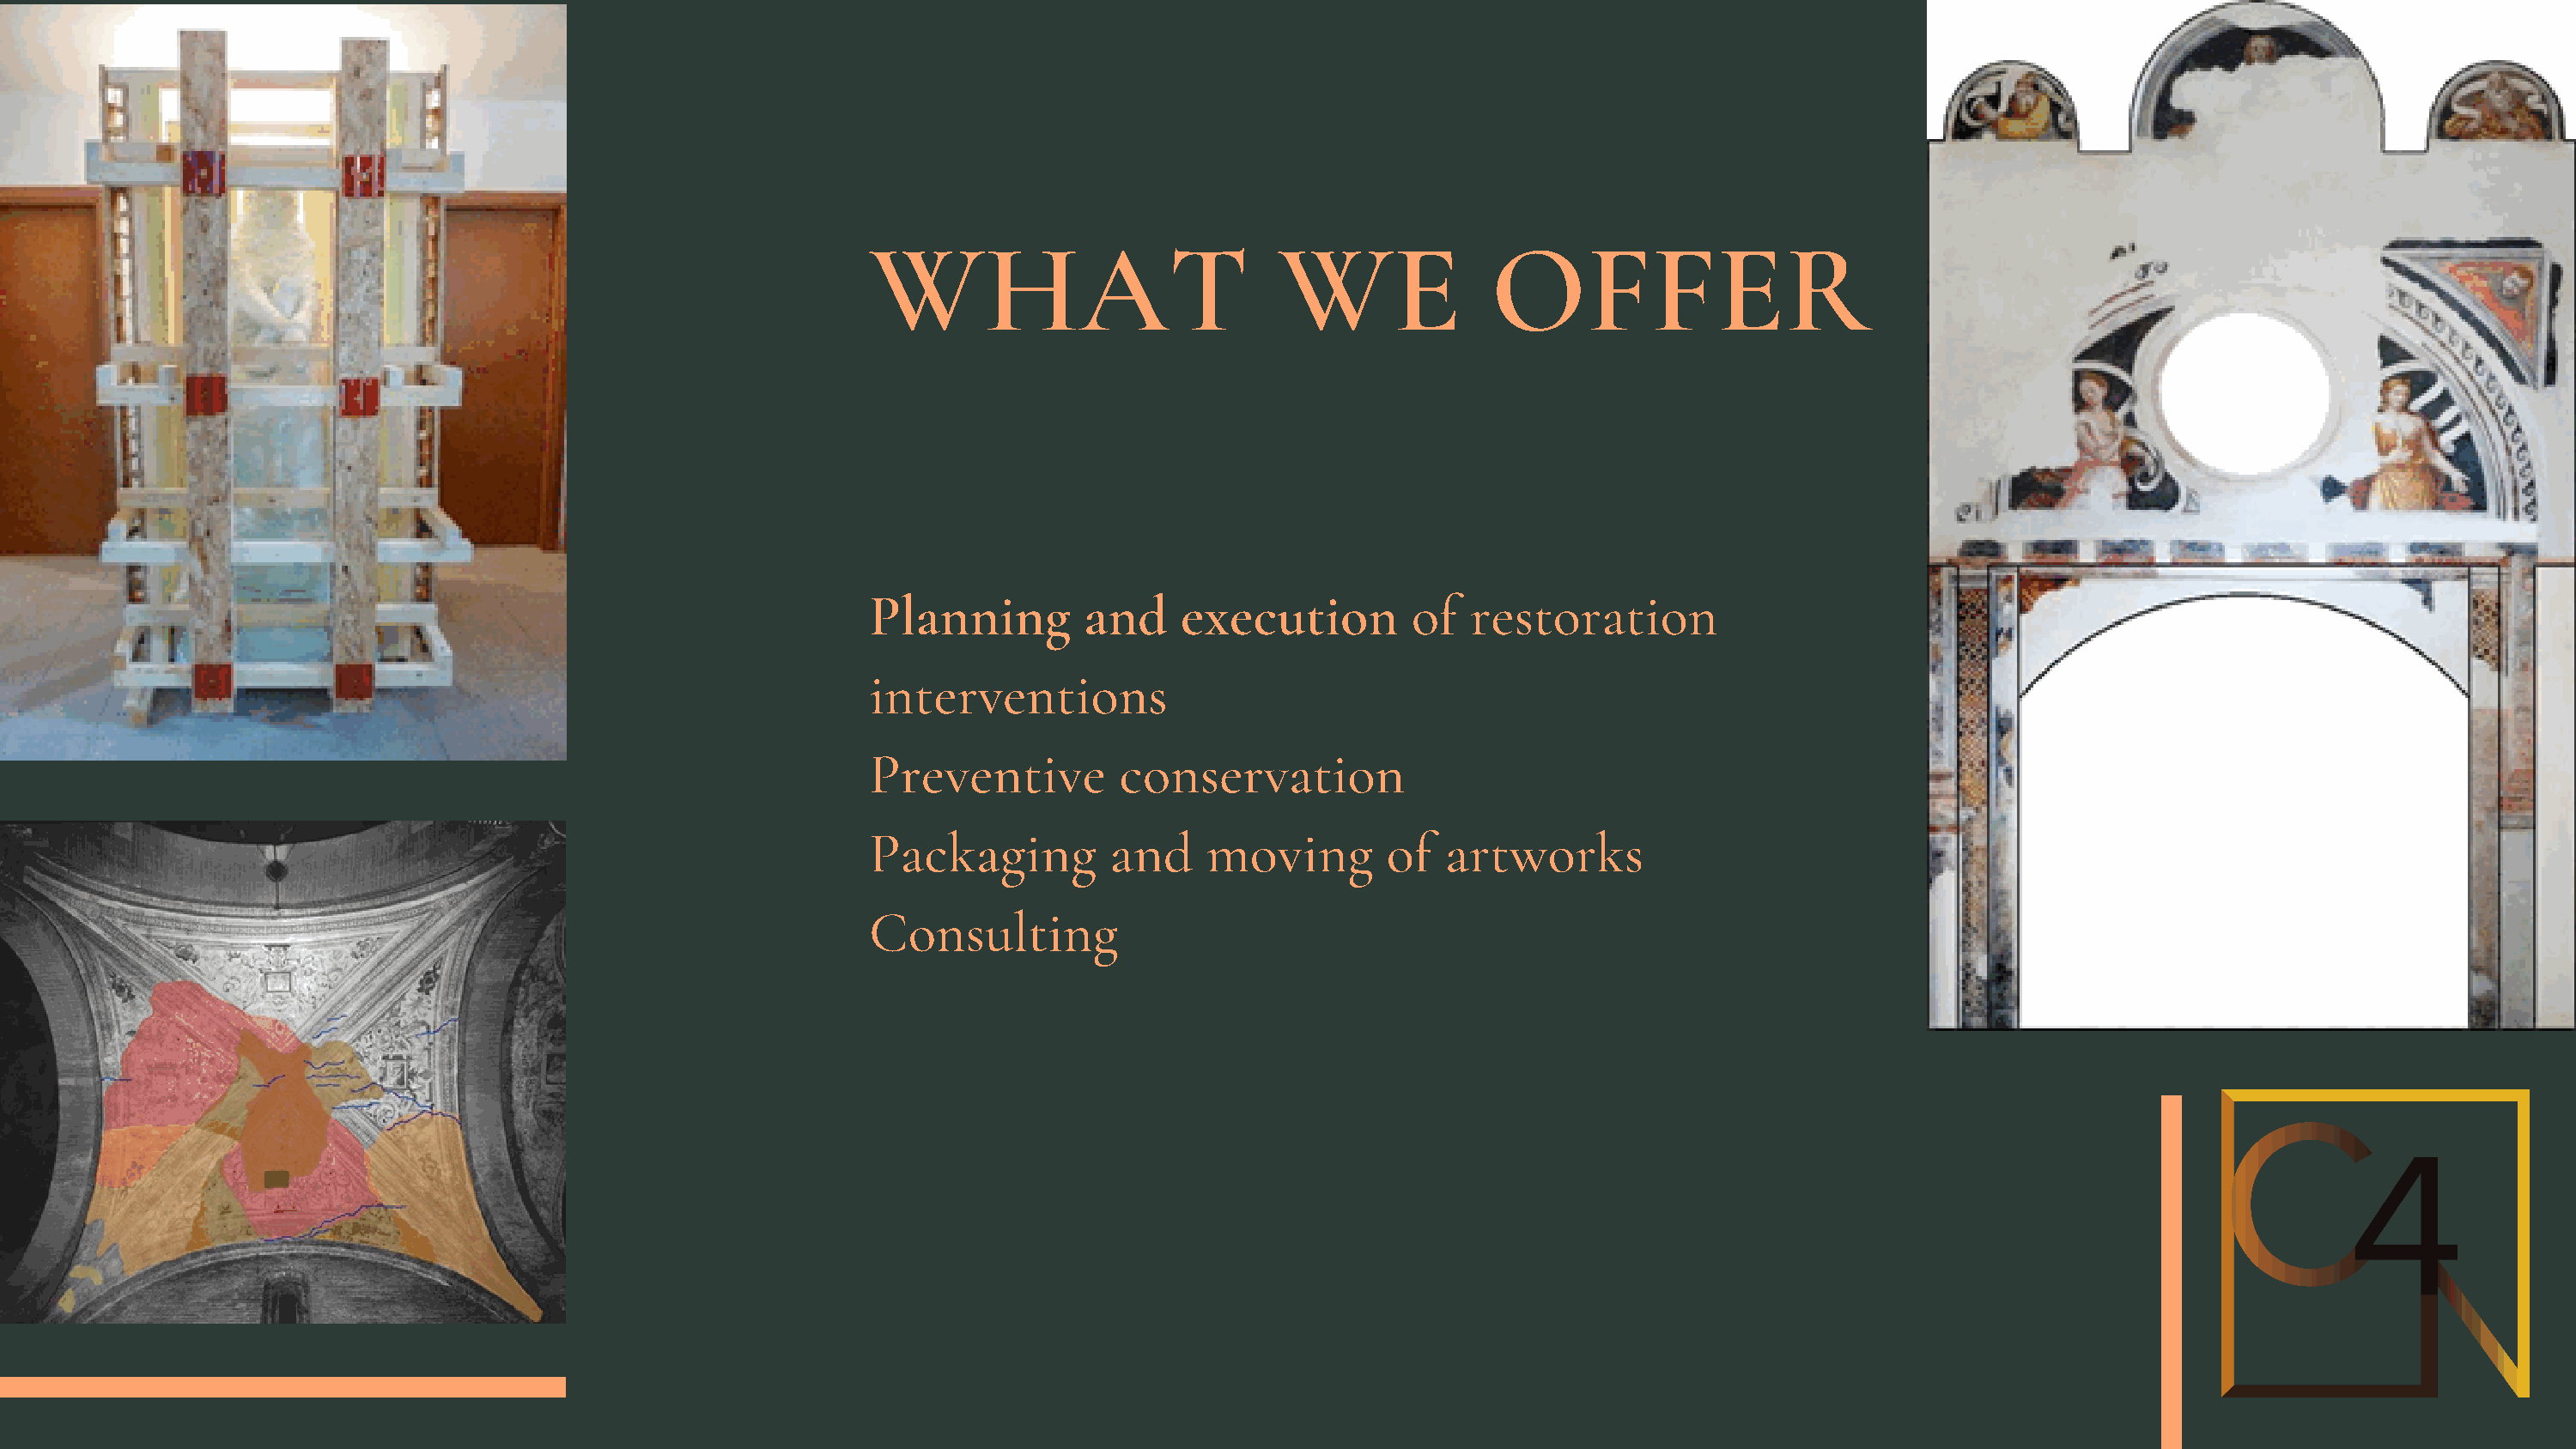
WHAT                            WE              OFFER
 Planning         and    execution         of  restoration
 interventions
 Preventive         conservation
 Packaging          and    moving        of  artworks
 Consulting